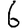
Digit: 6